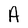
Character: A